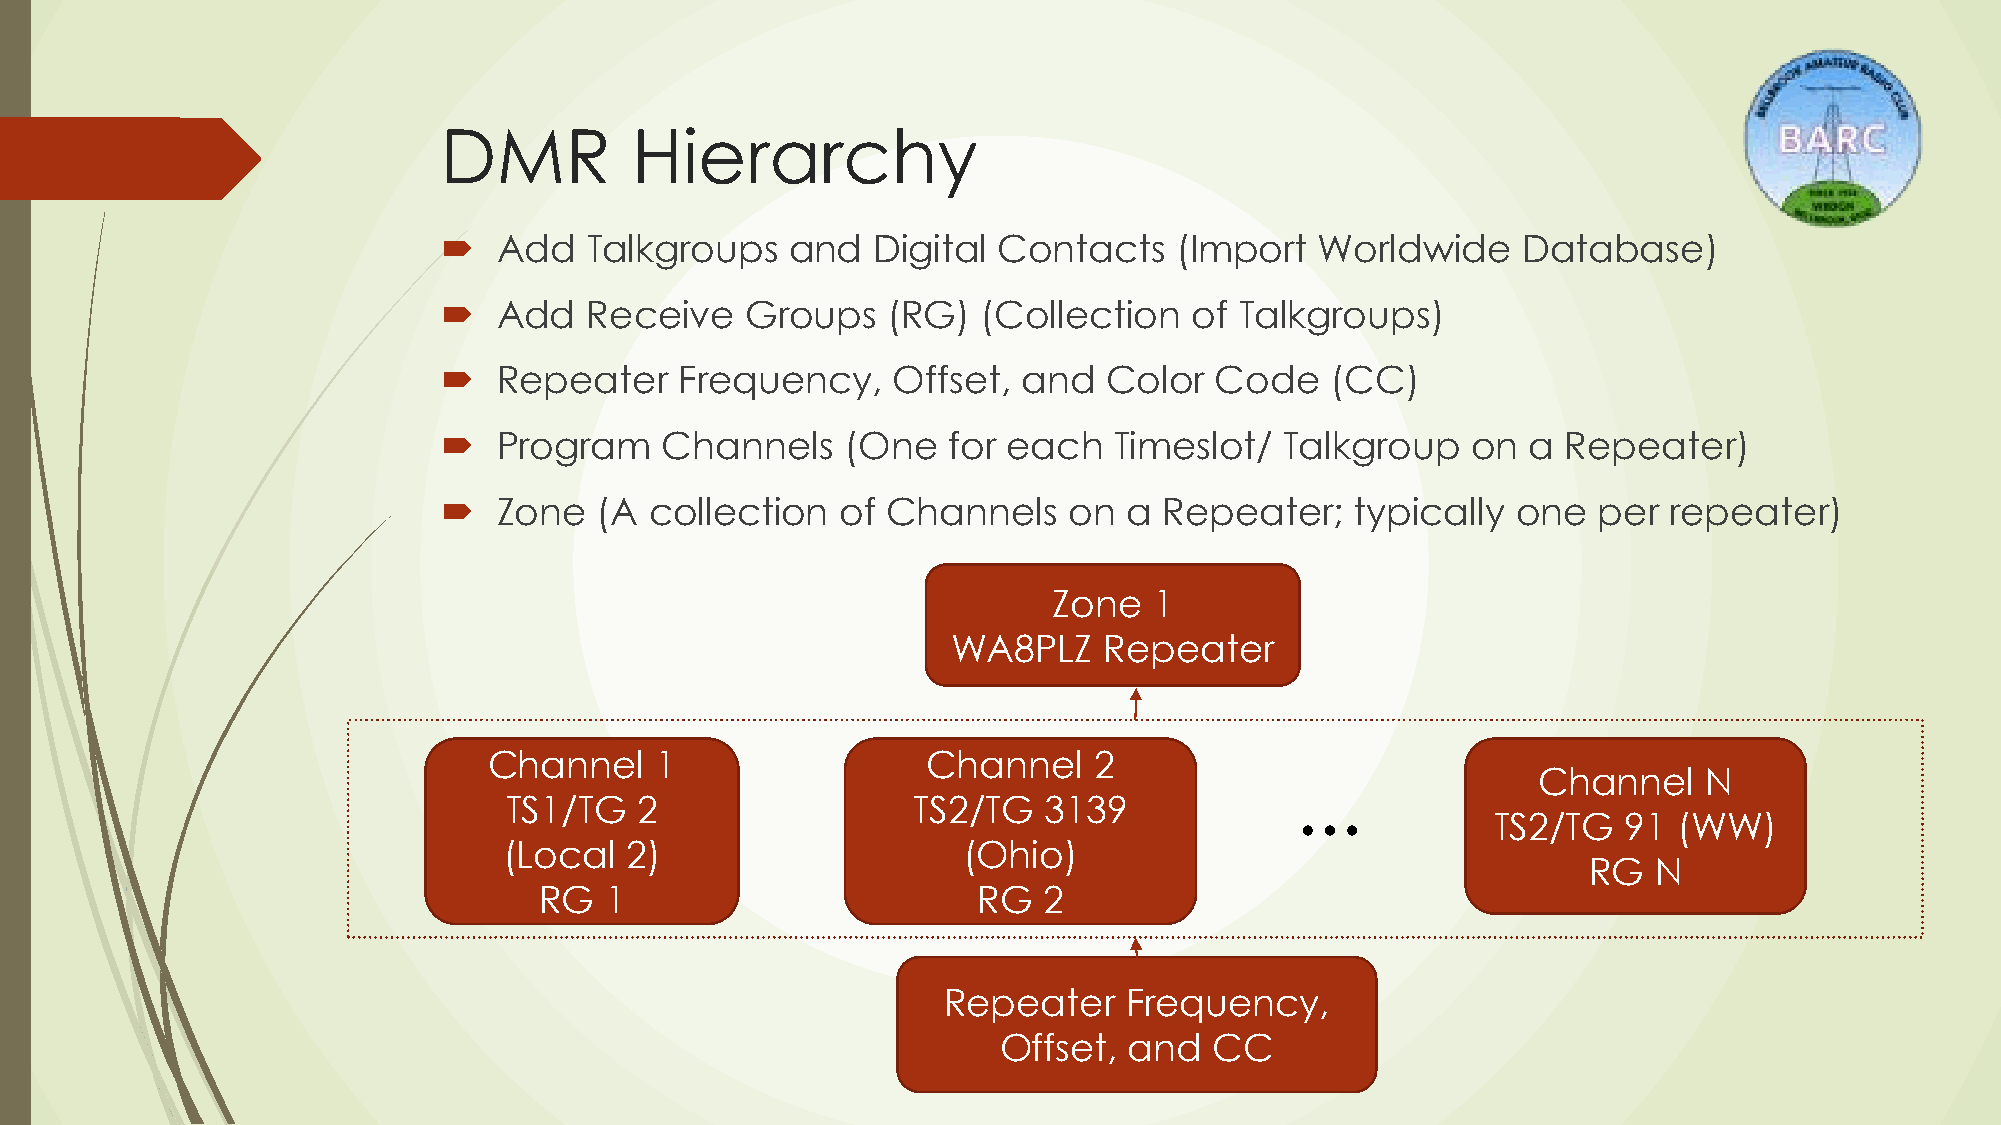
DMR          Hierarchy
    Add   Talkgroups   and   Digital Contacts    (Import  Worldwide     Database)
    Add   Receive   Groups    (RG)  (Collection   of Talkgroups)
    Repeater    Frequency,    Offset,  and  Color  Code    (CC)
    Program    Channels    (One   for each   Timeslot/  Talkgroup   on  a  Repeater)
    Zone   (A collection   of Channels    on  a Repeater;    typically one   per repeater)
 Zone  1
 WA8PLZ    Repeater
 Channel    1                 Channel    2
 Channel    N
 …
 TS1/TG   2                 TS2/TG   3139
 TS2/TG   91 (WW)
 (Local  2)                     (Ohio)
 RG  N
 RG  1                        RG  2
 Repeater    Frequency,
 Offset,  and  CC